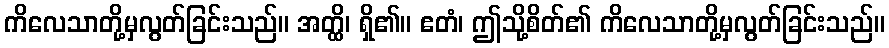
ကိလေသာတို့မှလွတ်ခြင်းသည်။ အတ္ထိ၊ ရှိ၏။ ဧတံ၊ ဤသို့စိတ်၏ ကိလေသာတို့မှလွတ်ခြင်းသည်။